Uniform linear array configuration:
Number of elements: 24
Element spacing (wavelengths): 0.25
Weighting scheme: kaiser
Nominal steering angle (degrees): -30
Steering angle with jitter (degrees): -31.591
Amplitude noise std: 0.05
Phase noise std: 0.05

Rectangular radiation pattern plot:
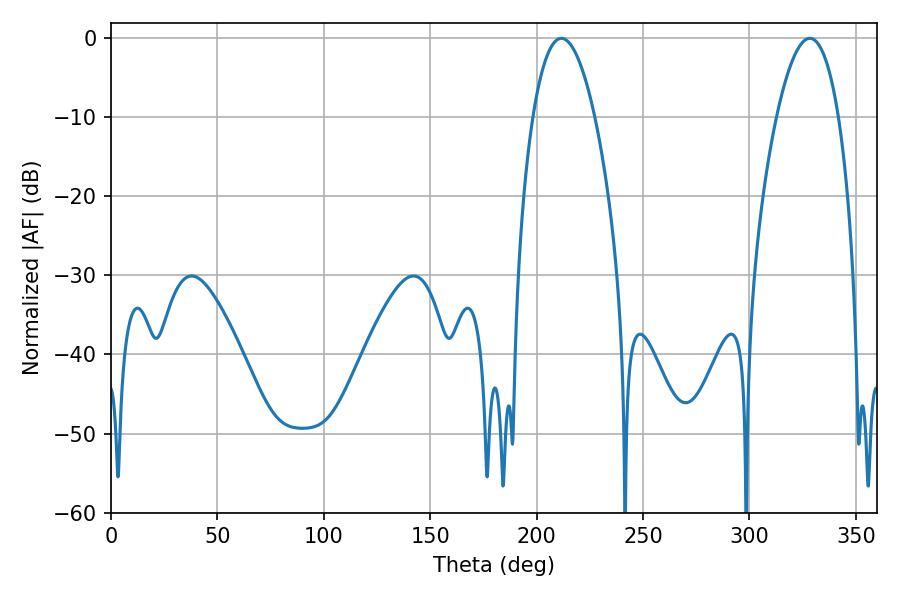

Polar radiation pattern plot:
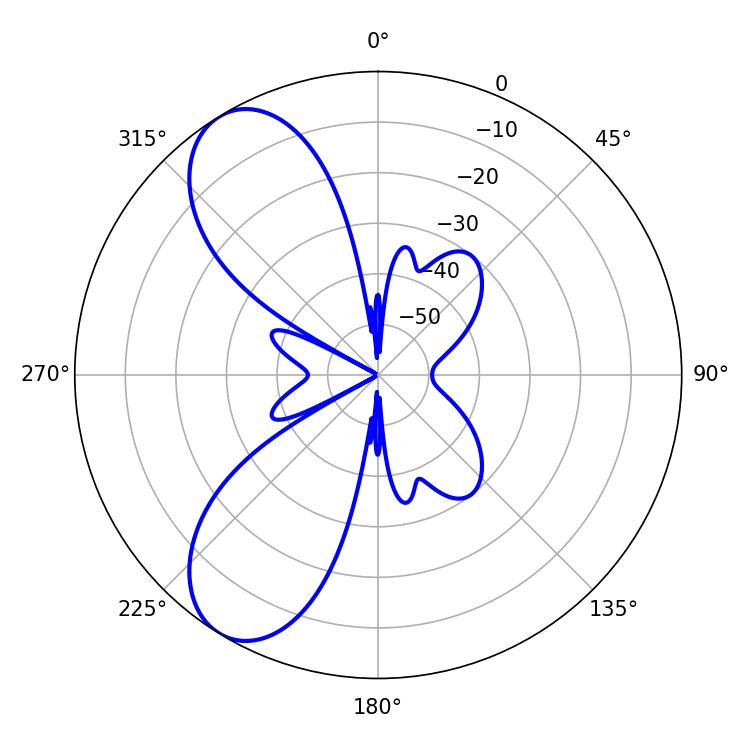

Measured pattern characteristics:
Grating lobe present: FALSE
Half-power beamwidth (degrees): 16.02
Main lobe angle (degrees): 328.32